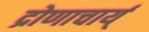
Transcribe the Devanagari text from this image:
द्रोणाचार्य्